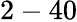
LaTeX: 2-40